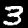
Label: 3